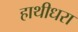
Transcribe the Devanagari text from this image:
हाथीधरा